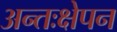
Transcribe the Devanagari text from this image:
अन्तःक्षेपन